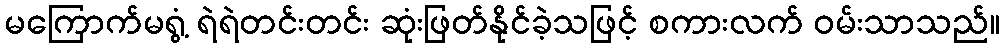
မကြောက်မရွံ့ ရဲရဲတင်းတင်း ဆုံးဖြတ်နိုင်ခဲ့သဖြင့် စကားလက် ဝမ်းသာသည်။